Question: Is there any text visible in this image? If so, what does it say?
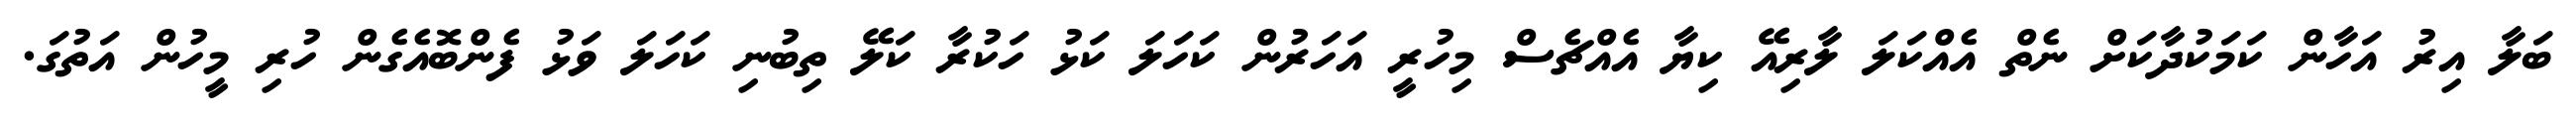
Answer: ބަލާ އިރު އަހާން ކަމަކުދާކަށް ނެތް އެއްކަލަ ލާރިއޭ ކިޔާ އެއްޗެސް މިހުރީ އަހަރުން ކަހަލަ ކަޅު ހަކުރާ ކަލޭ ތިބުނި ކަހަލަ ވަޅު ފެންބޮއެގެން ހުރި މީހުން އަތުގަ.